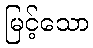
မြင့်သော